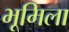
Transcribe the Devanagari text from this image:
भूमिला